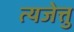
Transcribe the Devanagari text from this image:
त्यजेत्तु